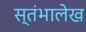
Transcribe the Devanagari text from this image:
स्‍तंभालेख